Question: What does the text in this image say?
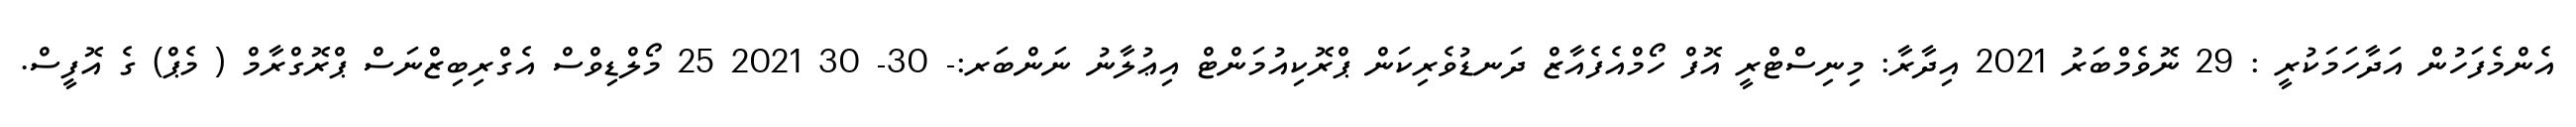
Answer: އެންމެފަހުން އަދާހަމަކުރީ : 29 ނޮވެމްބަރު 2021 އިދާރާ: މިނިސްޓްރީ އޮފް ހޯމްއެފެއާޒް ދަނޑުވެރިކަން ޕްރޮކިއުމަންޓް އިޢުލާނު ނަންބަރ:- 30- 30 2021 25 މޯލްޑިވްސް އެގްރިބިޒްނަސް ޕްރޮގްރާމް ( މެޕް) ގެ އޮފީސް.